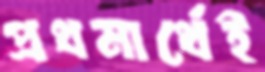
প্রথমার্থেই